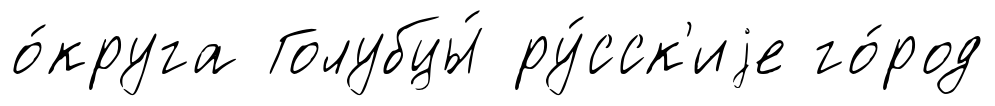
о́круга Голубцы́ ру́сск'иjе го́род